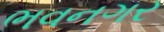
ભવનગર